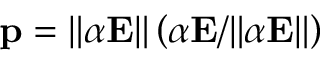
\mathbf { p } = \| \boldsymbol { \alpha } \mathbf { E } \| \left( \boldsymbol { \alpha } \mathbf { E } / \| \boldsymbol { \alpha } \mathbf { E } \| \right)